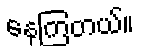
နေကြတယ်။